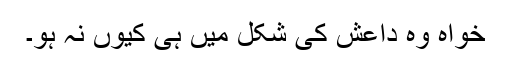
خواہ وہ داعش کی شکل میں ہی کیوں نہ ہو۔